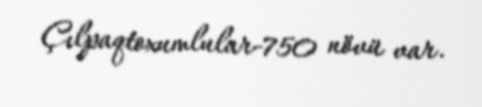
Çılpaqtoxumlular-750 növü var.